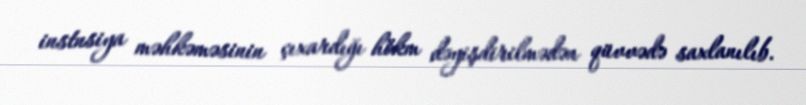
instnsiya məhkəməsinin çıxardığı hökm dəyişdirilmədən qüvvədə saxlanılıb.